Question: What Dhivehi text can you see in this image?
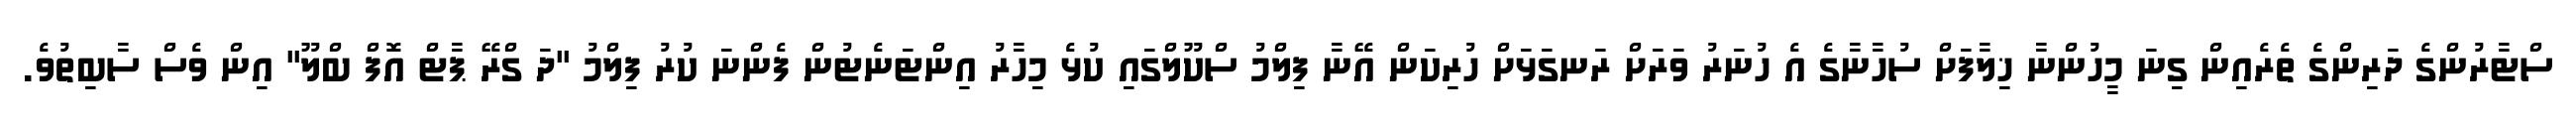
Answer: ސްޓާރުންގެ ދަރިންގެ ތެރެއިން ގިނަ މީހުންނާ ޚިލާފަށް ސުހާނާގެ އެ ހުނަރު ވަރަށް ރަނގަޅަށް ހުރިކަން އޭނާ ފިލްމު ސްކޫލްގައި ކުޅެ މިހާރު އިންޓަނެޓުން ފެންނަ ކުރު ފިލްމު "ދަ ގްރޭ ޕާޓް އޮފް ބްލޫ" އިން ވެސް ސާބިތުވެ.